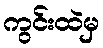
ကွင်းထဲမှ